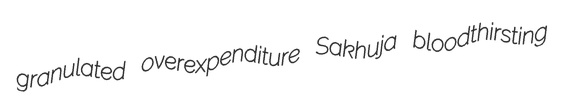
granulated overexpenditure Sakhuja bloodthirsting